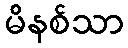
မိနစ်သာ